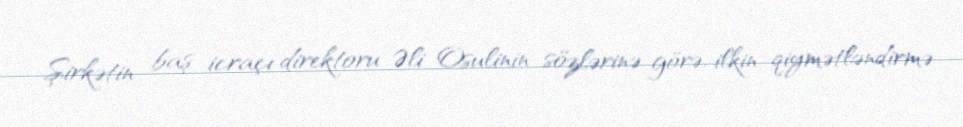
Şirkətin baş icraçı direktoru Əli Osulinin sözlərinə görə, ilkin qiymətləndirmə